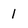
Character: l